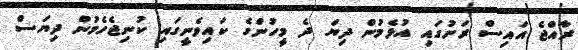
ރާއްޖެ އައިސް ރަށުގައި އުޅެމުން ދިޔަ ދެ މީހުންގެ ކައިވެނީގައި ކުނިޖެހެމުން ދިޔަސް